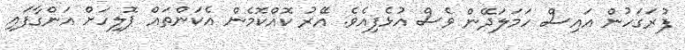
ފުރަގަހުން އައިސް ހަމަލަދޭން ވެސް އުޅެފިއެވެ. އޭރު ކޮއްކޮމެން އެކަންތައް ޕޮލިހަށް އަންގާފައި